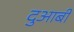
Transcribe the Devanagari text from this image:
दुआबी